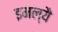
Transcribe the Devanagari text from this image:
इमल्यै